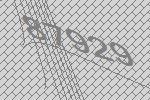
87929